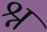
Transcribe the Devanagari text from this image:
श्न